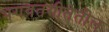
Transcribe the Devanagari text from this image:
भगवतगीतेतील